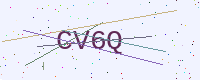
Text: CV6Q